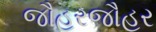
જૌહરજૌહર